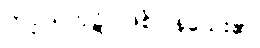
ကပ္ပိယကုဋိ ဖြစ်ပြန်သေး၏၊